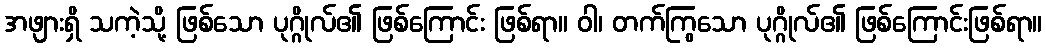
အဖျားရှိ သကဲ့သို့ ဖြစ်သော ပုဂ္ဂိုလ်၏ ဖြစ်ကြောင်း ဖြစ်ရာ။ ဝါ၊ တက်ကြွသော ပုဂ္ဂိုလ်၏ ဖြစ်ကြောင်းဖြစ်ရာ။